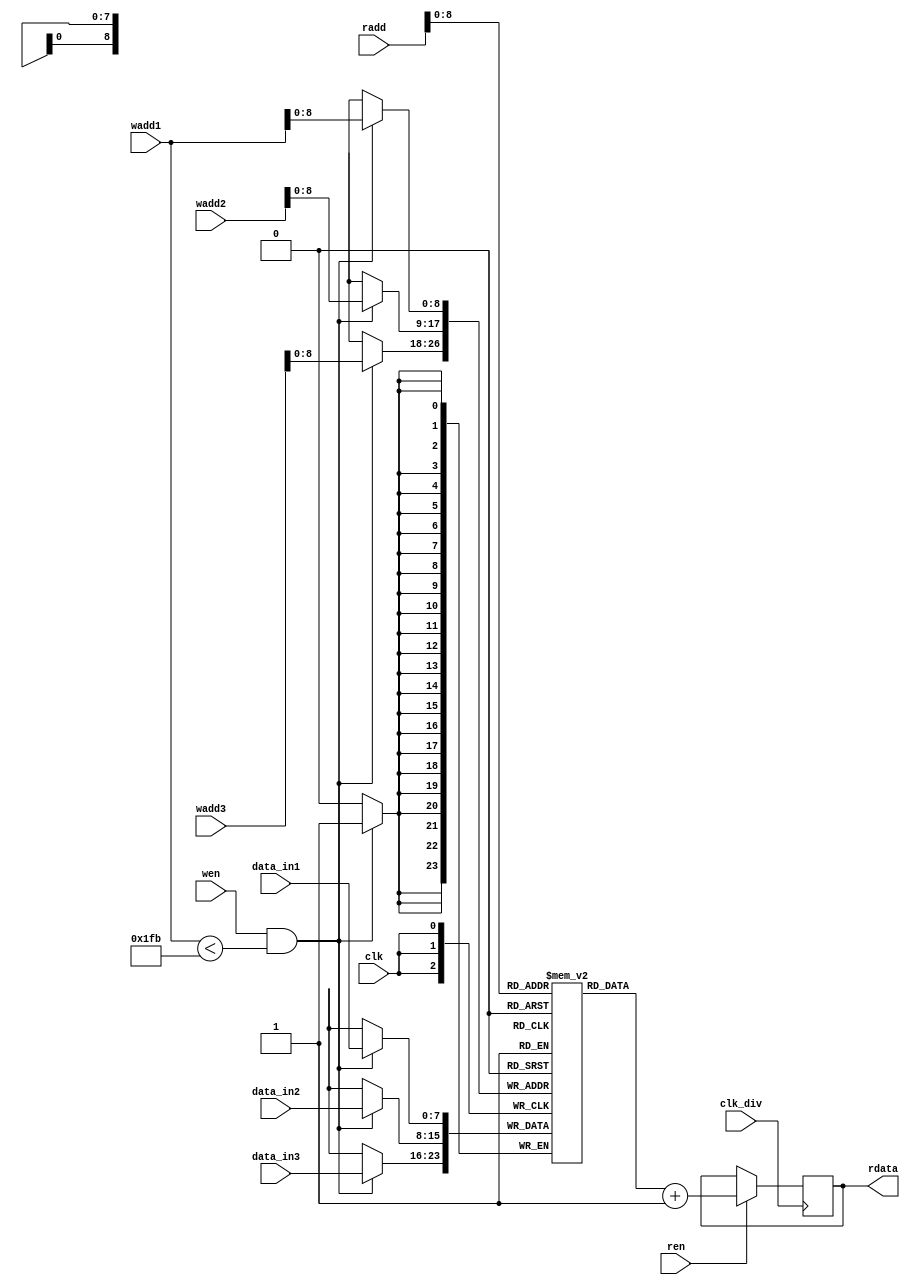
`timescale 1ns / 1ps
//////////////////////////////////////////////////////////////////////////////////
// Company: 
// Engineer: 
// 
// Design Name: 
// Module Name: memory_rstl_max_1
// Project Name: 
// Target Devices: 
// Tool Versions: 
// Description: 
// 
// Dependencies: 
// 
// Revision:
// Revision 0.01 - File Created
// Additional Comments:
// 
//////////////////////////////////////////////////////////////////////////////////



module memory_rstl_max_1
#(
    //memory_rstl_max
    parameter n_c = 5'd26,  //number of column matrix image 
    parameter n_r = 5'd26,  //number of rows matrix image 
    parameter dataWidthImg= 16,
    parameter numWeightRstlConv = 507,
    //parameter numWeightRstlConv = 169,
    parameter addressWidthRstlConv = 10, 
    parameter dataWidthRstlConv = 8,
    
    //quantization
//    parameter q = 64'd2014687024, //q = 31'b1111000000101011010111100110000
//    parameter mask = 8'd255,
//    parameter zero = 1'd0,
//    parameter one = 1'd1,
    parameter offset_ent =  1,
    parameter offset_sor = -1,
    parameter offset_fil =  0    
)
( 
    input clk,
    input clk_div,
    input wen,
    input ren,
    input [addressWidthRstlConv-1:0] wadd1,
    input [addressWidthRstlConv-1:0] wadd2,
    input [addressWidthRstlConv-1:0] wadd3,
    input [addressWidthRstlConv-1:0] radd,

    input signed [dataWidthRstlConv-1:0] data_in1,
    input signed [dataWidthRstlConv-1:0] data_in2,
    input signed [dataWidthRstlConv-1:0] data_in3,

    output reg [dataWidthRstlConv-1:0] rdata

);
   
    reg [dataWidthRstlConv-1:0] mem_rstl_max[numWeightRstlConv-1:0];
      


    always @(posedge clk)
    begin
       if (wen & (wadd1 < numWeightRstlConv))
       begin
           mem_rstl_max[wadd1] <= data_in1;
           mem_rstl_max[wadd2] <= data_in2;
           mem_rstl_max[wadd3] <= data_in3;
//         $display("max1, %d",wadd1,data_in1);
//         $display("max1, %d",wadd2,data_in2);
//         $display("max1, %d",wadd3,data_in3);
           $display("%d",data_in1);
           $display("%d",data_in2);
           $display("%d",data_in3); 

       end
    end 

    
    always @(posedge clk_div)
    begin
        if (ren)
        begin
            rdata <= mem_rstl_max[radd] + offset_ent;
        end
    end 

    
endmodule